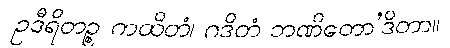
ဥဒီရိတဉ္စ ကထိတံ၊ ဂဒိတံ ဘဏိတော’ဒိတာ။